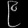
Digit: ၉